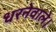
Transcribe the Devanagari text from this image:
धरनेवाले।